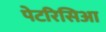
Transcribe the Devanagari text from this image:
पेटरिसिआ